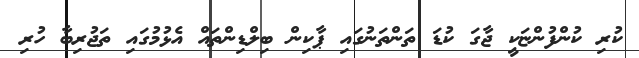
ކުރި ކުންފުންޏަކީ ޖާގަ ކުޑަ ތަންތަނުގައި ޕާކިން ބިލްޑިންތައް އެޅުމުގައި ތަޖުރިބާ ހުރި